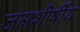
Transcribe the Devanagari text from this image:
जलशीर्षीय